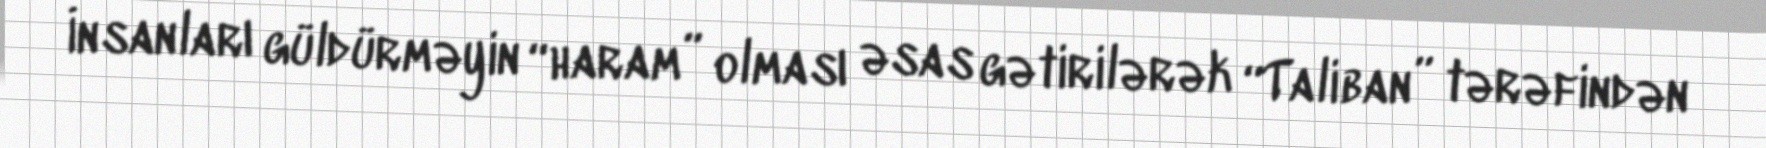
İnsanları güldürməyin “haram” olması əsas gətirilərək “Taliban” tərəfindən